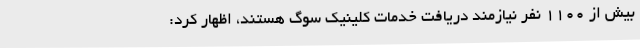
بیش از 1100 نفر نیازمند دریافت خدمات کلینیک سوگ هستند، اظهار کرد: